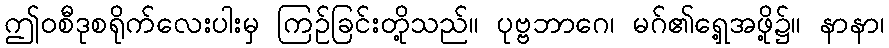
ဤဝစီဒုစရိုက်လေးပါးမှ ကြဉ်ခြင်းတို့သည်။ ပုဗ္ဗဘာဂေ၊ မဂ်၏ရှေ့အဖို့၌။ နာနာ၊